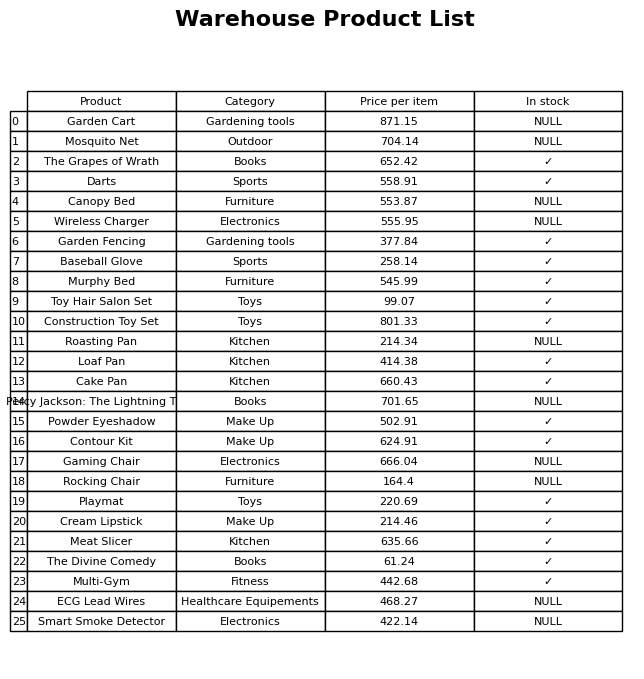
question: What is the price for Gaming Chair?
answer: The price of Gaming Chair is 666.04.